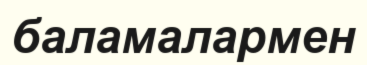
баламалармен